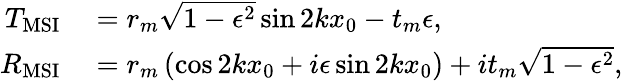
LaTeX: \begin{array}{rl}{T_{\mathrm{MSI}}}&{{}=r_{m}\sqrt{1-\epsilon^{2}}\sin 2kx_{0}-t_{m}\epsilon,}\\ {R_{\mathrm{MSI}}}&{{}=r_{m}\left(\cos 2kx_{0}+i\epsilon\sin 2kx_{0}\right)+it_{m}\sqrt{1-\epsilon^{2}},}\end{array}